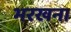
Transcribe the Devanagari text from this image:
भरखना